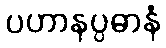
ပဟာနပ္ပဓာနံ